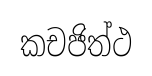
කචජිත්ථ